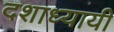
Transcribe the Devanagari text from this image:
दशाध्यायी